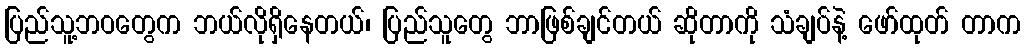
ပြည်သူ့ဘဝတွေက ဘယ်လိုရှိနေတယ်၊ ပြည်သူတွေ ဘာဖြစ်ချင်တယ် ဆိုတာကို သံချပ်နဲ့ ဖော်ထုတ် တာက